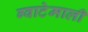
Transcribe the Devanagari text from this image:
ग्वाटेमाली